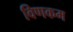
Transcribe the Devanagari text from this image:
विणकम